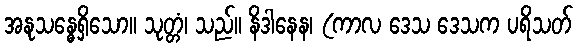
အနုသန္ဓေရှိသော။ သုတ္တံ၊ သည်။ နိဒါနေန၊ (ကာလ ဒေသ ဒေသက ပရိသတ်